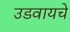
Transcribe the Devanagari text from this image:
उडवायचे